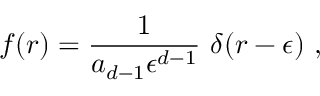
f ( r ) = { \frac { 1 } { a _ { d - 1 } \epsilon ^ { d - 1 } } } ~ \delta ( r - \epsilon ) ~ ,